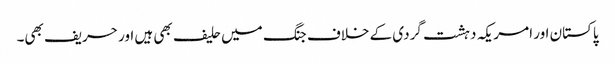
پاکستان اور امریکہ دہشت گردی کے خلاف جنگ میں حلیف بھی ہیں اور حریف بھی۔